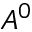
A ^ { 0 }